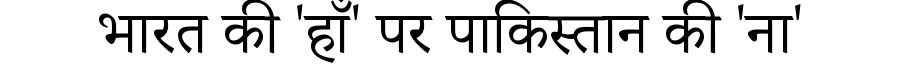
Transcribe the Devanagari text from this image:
भारत की 'हाँ' पर पाकिस्तान की 'ना'